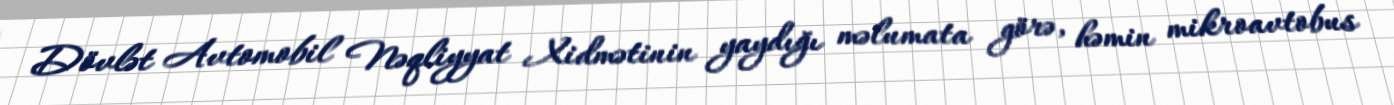
Dövlət Avtomobil Nəqliyyat Xidmətinin yaydığı məlumata görə, həmin mikroavtobus